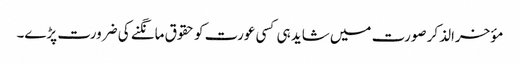
مؤخرالذکر صورت میں شاید ہی کسی عورت کو حقوق مانگنے کی ضرورت پڑے۔